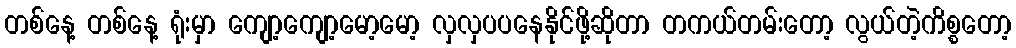
တစ်နေ့ တစ်နေ့ ရုံးမှာ ကျော့ကျော့မော့မော့ လှလှပပနေနိုင်ဖို့ဆိုတာ တကယ်တမ်းတော့ လွယ်တဲ့ကိစ္စတော့